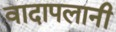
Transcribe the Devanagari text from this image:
वादापलानी